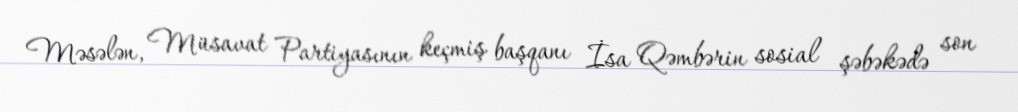
Məsələn, Müsavat Partiyasının keçmiş başqanı İsa Qəmbərin sosial şəbəkədə son